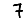
Digit: 7